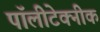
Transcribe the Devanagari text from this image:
पॉलीटेक्नीक